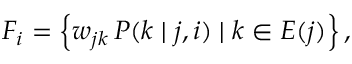
F _ { i } = \left\{ w _ { j k } \, P ( k \mid j , i ) \mid k \in E ( j ) \right\} ,